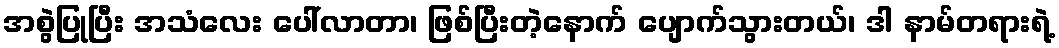
အစွဲပြုပြီး အသံလေး ပေါ်လာတာ၊ ဖြစ်ပြီးတဲ့နောက် ပျောက်သွားတယ်၊ ဒါ နာမ်တရားရဲ့